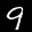
Label: 9